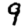
Digit: 9